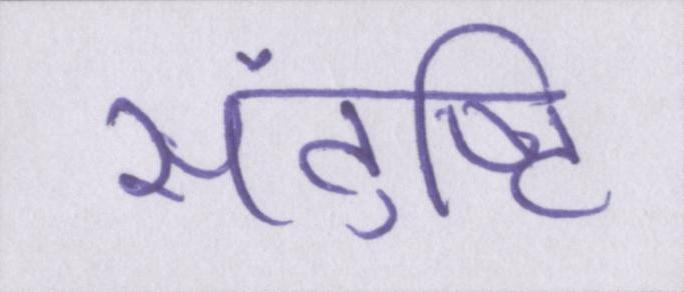
संतुष्टि